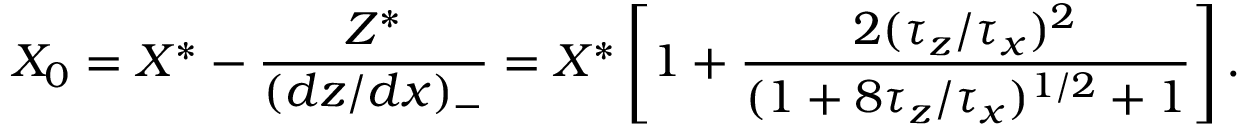
X _ { 0 } = X ^ { * } - \frac { Z ^ { * } } { ( d z / d x ) _ { - } } = X ^ { * } \left[ 1 + \frac { 2 ( \tau _ { z } / \tau _ { x } ) ^ { 2 } } { ( 1 + 8 \tau _ { z } / \tau _ { x } ) ^ { 1 / 2 } + 1 } \right] .